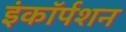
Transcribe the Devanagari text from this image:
इंकॉर्पशन